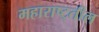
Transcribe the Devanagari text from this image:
महाराष्ट्तील